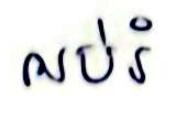
អបរំ